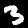
Label: 3